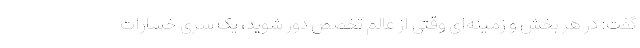
گفت: در هر بخش و زمینه‌ای وقتی از عالم تخصص دور شوید، یک سری خسارات